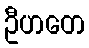
ဦဟတေ